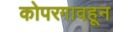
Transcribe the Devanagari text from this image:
कोपरगावहून